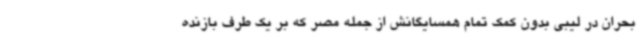
بحران در لیبی بدون کمک تمام همسایگانش از جمله مصر که بر یک طرف بازنده